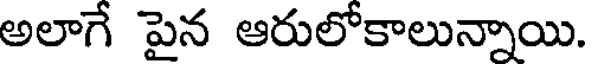
అలాగే పైన ఆరులోకాలున్నాయి.